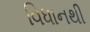
વિધાનથી